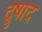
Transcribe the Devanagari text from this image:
दुषाद